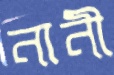
নানী